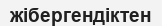
жібергендіктен